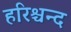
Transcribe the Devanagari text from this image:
हरिश्चन्द